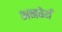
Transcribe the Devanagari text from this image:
अनवेर्थ